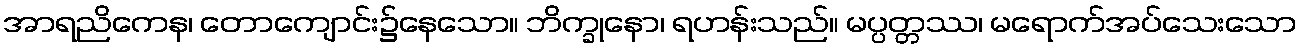
အာရညိကေန၊ တောကျောင်း၌နေသော။ ဘိက္ခုနော၊ ရဟန်းသည်။ မပ္ပတ္တဿ၊ မရောက်အပ်သေးသော